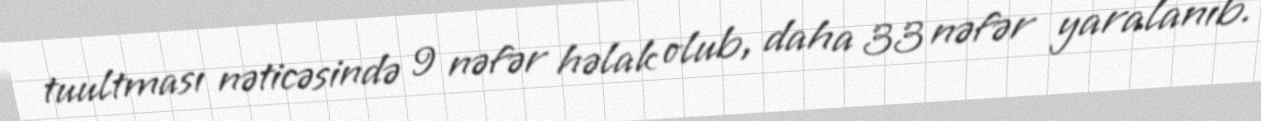
tuultması nəticəsində 9 nəfər həlak olub, daha 33 nəfər yaralanıb.